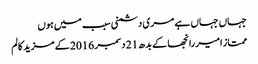
جہاں جہاں ہے مری دشمنی سبب میں ہوں
ممتاز امیر رانجھا کے بدھ 21 دسمبر 2016 کے مزید کالم